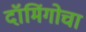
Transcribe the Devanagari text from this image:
दॉमिंगोचा